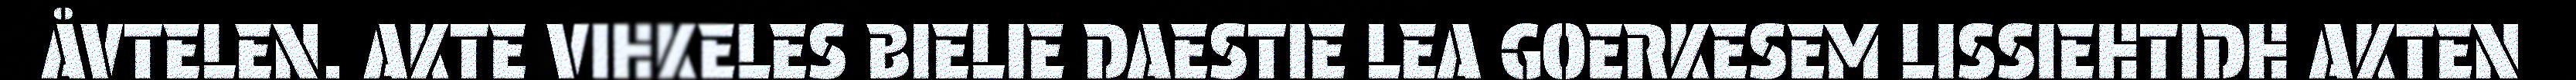
ÅVTELEN. AKTE VIHKELES BIELIE DAESTIE LEA GOERKESEM LISSIEHTIDH AKTEN